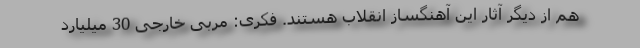
هم از دیگر آثار این ‌آهنگساز انقلاب هستند. فکری: مربی خارجی 30 میلیارد